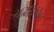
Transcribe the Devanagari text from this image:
ऐन्टिट्रिप्सिन